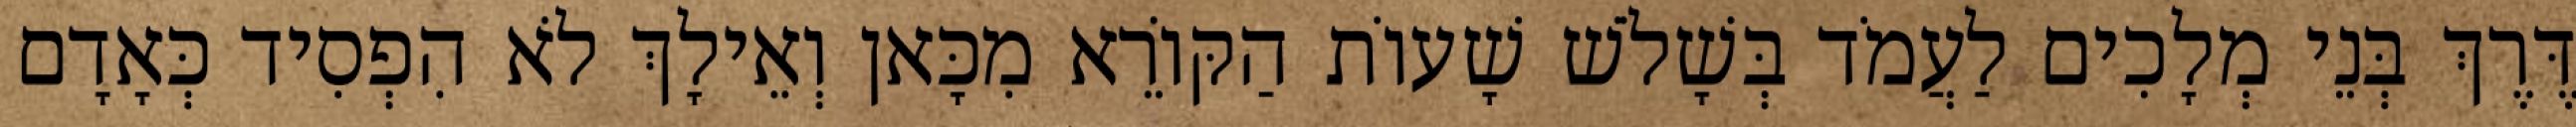
דֶּרֶךְ בְּנֵי מְלָכִים לַעֲמֹד בְּשָׁלֹשׁ שָׁעוֹת הַקּוֹרֵא מִכָּאן וְאֵילָךְ לֹא הִפְסִיד כְּאָדָם